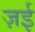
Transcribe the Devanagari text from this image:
ज़ई